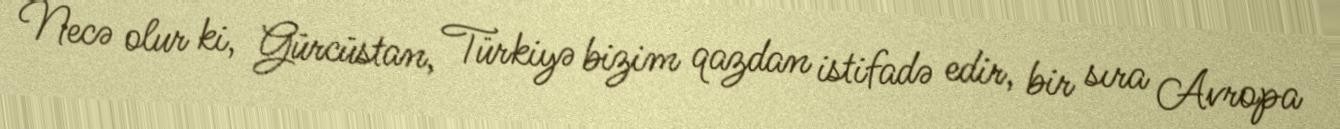
Necə olur ki, Gürcüstan, Türkiyə bizim qazdan istifadə edir, bir sıra Avropa